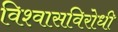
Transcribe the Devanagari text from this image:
विश्वासविरोधी